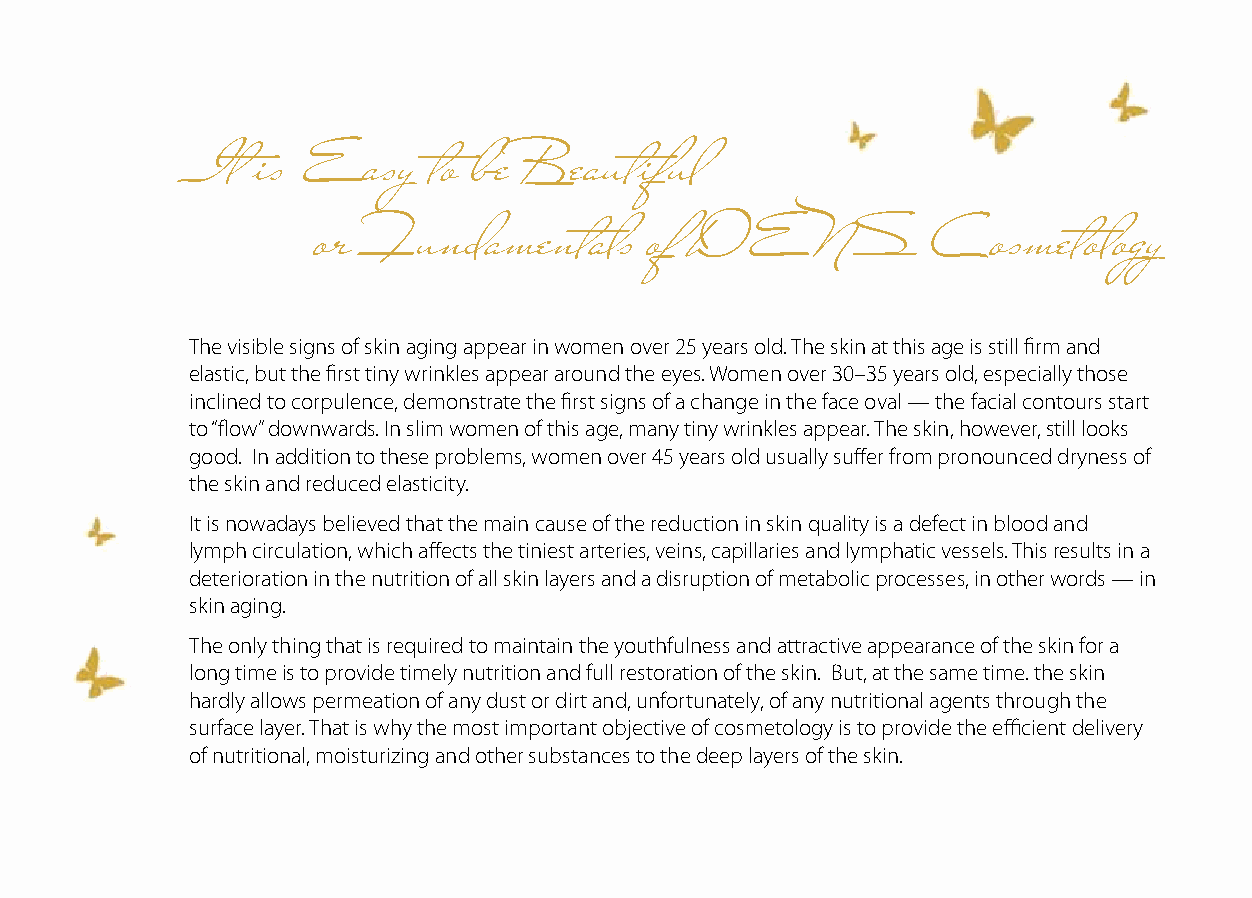
It  is Easy    to be Beautiful
 or Fundamentals       of DENS            Cosmetology
 The visible signs of skin aging appear in women over 25 years old. The skin at this age is still firm and
 elastic, but the first tiny wrinkles appear around the eyes. Women over 30–35 years old, especially those
 inclined to corpulence, demonstrate the first signs of a change in the face oval — the facial contours start
 to “flow” downwards. In slim women of this age, many tiny wrinkles appear. The skin, however, still looks
 good. In addition to these problems, women over 45 years old usually suffer from pronounced dryness of
 the skin and reduced elasticity.
 It is nowadays believed that the main cause of the reduction in skin quality is a defect in blood and
 lymph circulation, which affects the tiniest arteries, veins, capillaries and lymphatic vessels. This results in a
 deterioration in the nutrition of all skin layers and a disruption of metabolic processes, in other words — in
 skin aging.
 The only thing that is required to maintain the youthfulness and attractive appearance of the skin for a
 long time is to provide timely nutrition and full restoration of the skin. But, at the same time. the skin
 hardly allows permeation of any dust or dirt and, unfortunately, of any nutritional agents through the
 surface layer. That is why the most important objective of cosmetology is to provide the efficient delivery
 of nutritional, moisturizing and other substances to the deep layers of the skin.